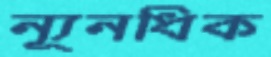
ন্যূনধিক